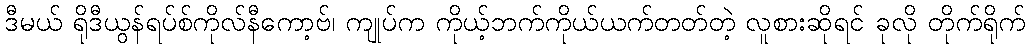
ဒီမယ် ရိုဒီယွန်ရပ်စ်ကိုလ်နီကော့ဗ်၊ ကျုပ်က ကိုယ့်ဘက်ကိုယ်ယက်တတ်တဲ့ လူစားဆိုရင် ခုလို တိုက်ရိုက်